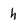
Character: h